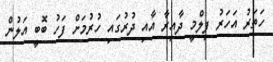
ހަތަރު އަހަރު ފިލްމީ ދާއިރާ އާއި ދުރުގައި ހުރުމަށް ފަހު ބޮބީ އަލުން